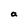
Character: a